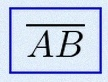
\overline{AB}